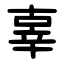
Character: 辜